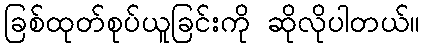
ခြစ်ထုတ်စုပ်ယူခြင်းကို ဆိုလိုပါတယ်။